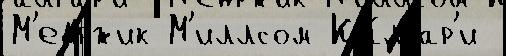
М'едржик М'иллсом Ка́лгар'и